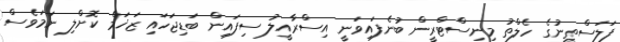
ފަލަސްތީނުގެ ހެލްތު މިނިސްޓްރީން ބުނެފައިވަނީ އިސްރާއީލު ސިފައިން ބަޑިޖަހައި ޒަޚަމް ކޮށްލި ނަމަވެސް